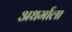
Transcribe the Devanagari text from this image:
अधर्माला